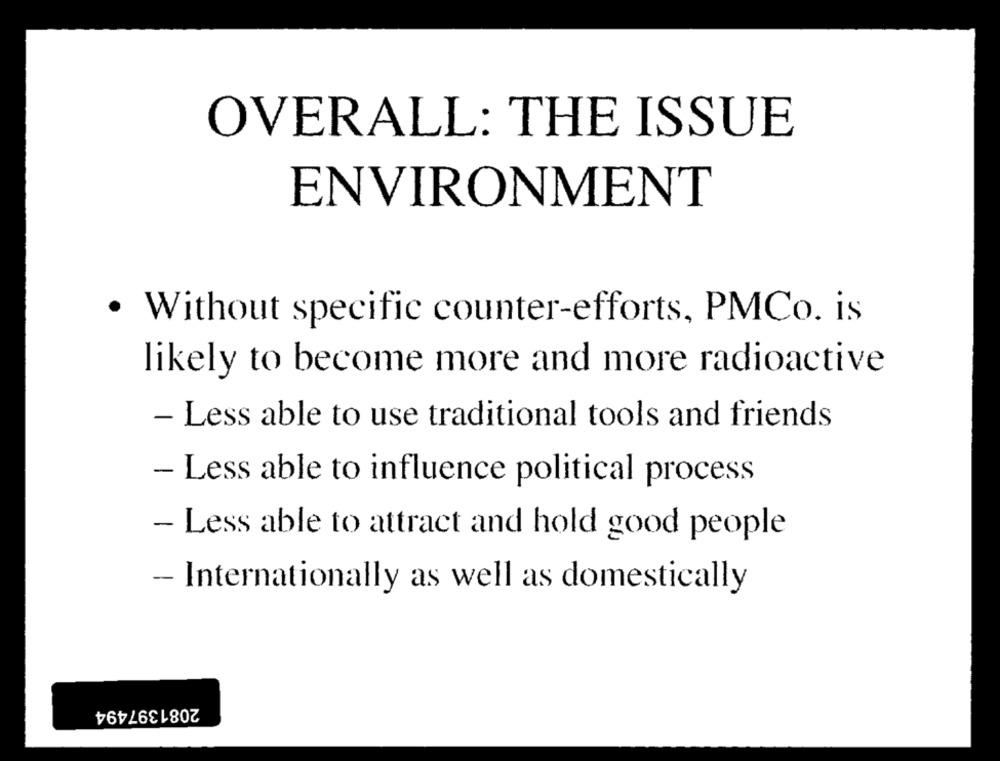
OVERALL: THE ISSUE
ENVIRONMENT
· Without specific counter-efforts, PMCo. is
likely to become more and more radioactive
- Less able to use traditional tools and friends
- Less able to influence political process
- Less able to attract and hold good people
- Internationally as well as domestically
2081397494